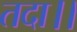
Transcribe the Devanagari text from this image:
तदा।।